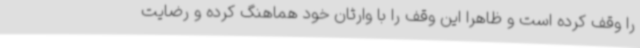
را وقف کرده است و ظاهراً این وقف را با وارثان خود هماهنگ کرده و رضایت